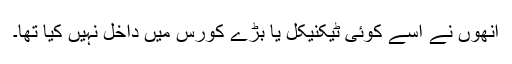
اُنھوں نے اُسے کوئی ٹیکنیکل یا بڑے کورس میں داخل نہیں کیا تھا۔